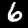
Label: 6